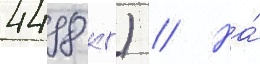
4498 кг) // На́